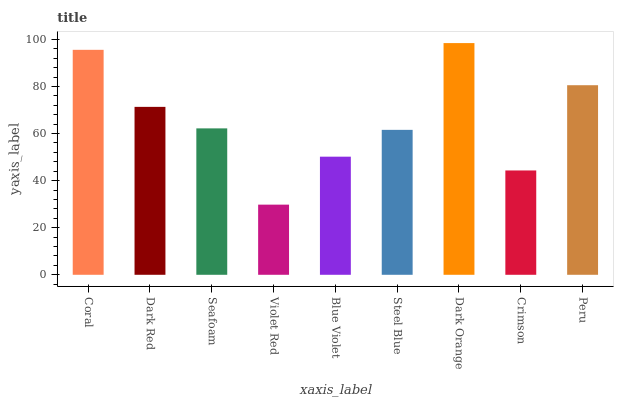
| xaxis_label | bars |
 | --- | --- |
 | Coral | 95.5 |
 | Dark Red | 71.3 |
 | Seafoam | 62.2 |
 | Violet Red | 29.8 |
 | Blue Violet | 50.2 |
 | Steel Blue | 61.6 |
 | Dark Orange | 98.4 |
 | Crimson | 44.3 |
 | Peru | 80.5 |